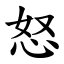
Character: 怒